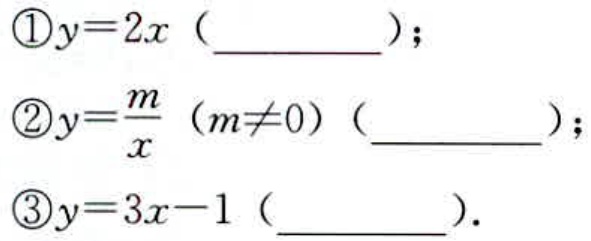
\textcircled{1}$y = 2x$（________）；
\textcircled{2}$y=\frac{m}{x}（m\neq0）$（________）；
\textcircled{3}$y = 3x - 1$（________）.